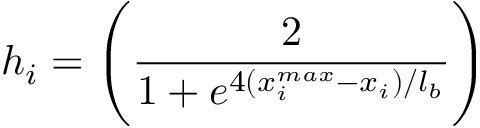
h _ { i } = \Bigg ( \frac { 2 } { 1 + e ^ { 4 ( { x _ { i } ^ { m a x } - x _ { i } } ) / l _ { b } } } \Bigg )